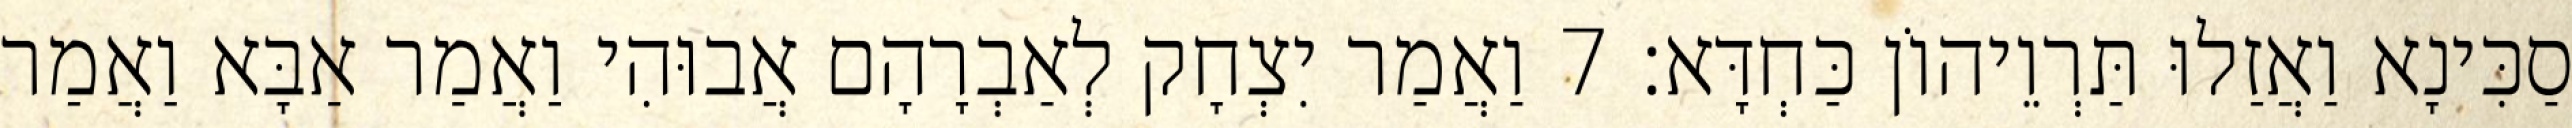
סַכִּינָא וַאֲזַלוּ תַּרְוֵיהוֹן כַּחְדָּא׃ 7 וַאֲמַר יִצְחָק לְאַבְרָהָם אֲבוּהִי וַאֲמַר אַבָּא וַאֲמַר